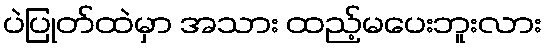
ပဲပြုတ်ထဲမှာ အသား ထည့်မပေးဘူးလား